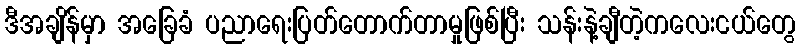
ဒီအချိန်မှာ အခြေခံ ပညာရေးပြတ်တောက်တာမှုဖြစ်ပြီး သန်းနဲ့ချီတဲ့ကလေးငယ်တွေ